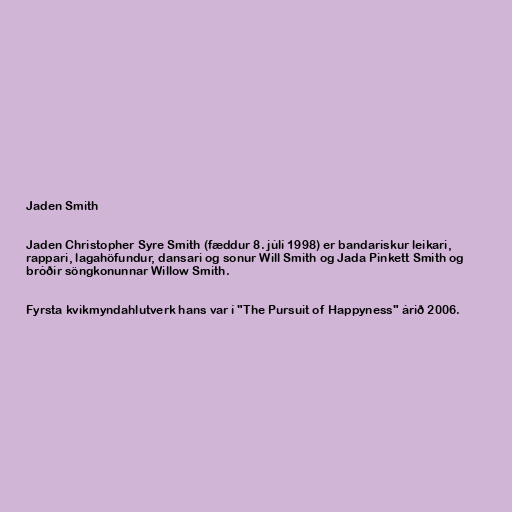
Jaden Smith

Jaden Christopher Syre Smith (fæddur 8. júlí 1998) er bandarískur leikari,
rappari, lagahöfundur, dansari og sonur Will Smith og Jada Pinkett Smith og
bróðir söngkonunnar Willow Smith.

Fyrsta kvikmyndahlutverk hans var í "The Pursuit of Happyness" árið 2006.